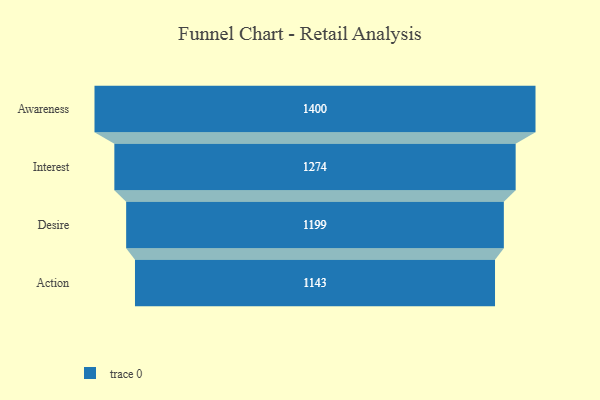
{"axis": {"x": "Stage", "y": "Value"}, "legend": [""], "data": [{"x": "Awareness", "y": 1400.0, "type": ""}, {"x": "Interest", "y": 1274.0, "type": ""}, {"x": "Desire", "y": 1199.0, "type": ""}, {"x": "Action", "y": 1143.0, "type": ""}]}